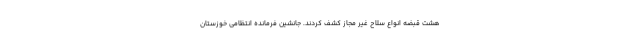
هشت قبضه انواع سلاح غیر مجاز کشف کردند. جانشین فرمانده انتظامی خوزستان